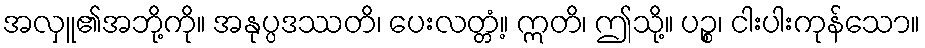
အလှူ၏အဘို့ကို။ အနုပ္ပဒဿတိ၊ ပေးလတ္တံ့။ ဣတိ၊ ဤသို့။ ပဉ္စ၊ ငါးပါးကုန်သော။